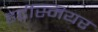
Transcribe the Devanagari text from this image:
हर्टस्मियर